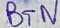
Text: BTN